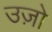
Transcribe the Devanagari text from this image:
उज़ो